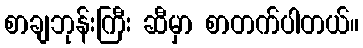
စာချဘုန်းကြီး ဆီမှာ စာတက်ပါတယ်။